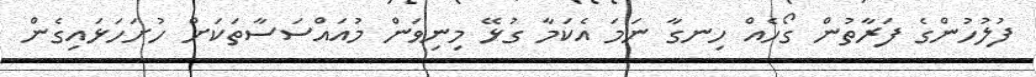
ފުލުހުންގެ ފަރާތުން ގޯހެއް ހިނގާ ނަމަ އެކަމާ ގުޅޭ މިނިވަން މުއައްސަސާތަކަށް ހުށަހަޅައިގެން